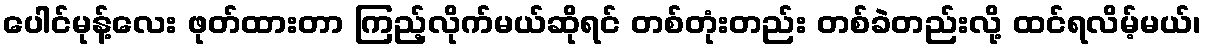
ပေါင်မုန့်လေး ဖုတ်ထားတာ ကြည့်လိုက်မယ်ဆိုရင် တစ်တုံးတည်း တစ်ခဲတည်းလို့ ထင်ရလိမ့်မယ်၊